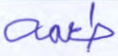
طعمه